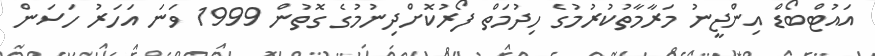
އައުޓްބޯޑް އިންޖީނު މަރާމާތުކުރުމުގެ ހިދުމަތް ފޯރުކޮށްދިނުމުގެ ގޮތުން 1999 ވަނަ އަހަރު ހަސަން